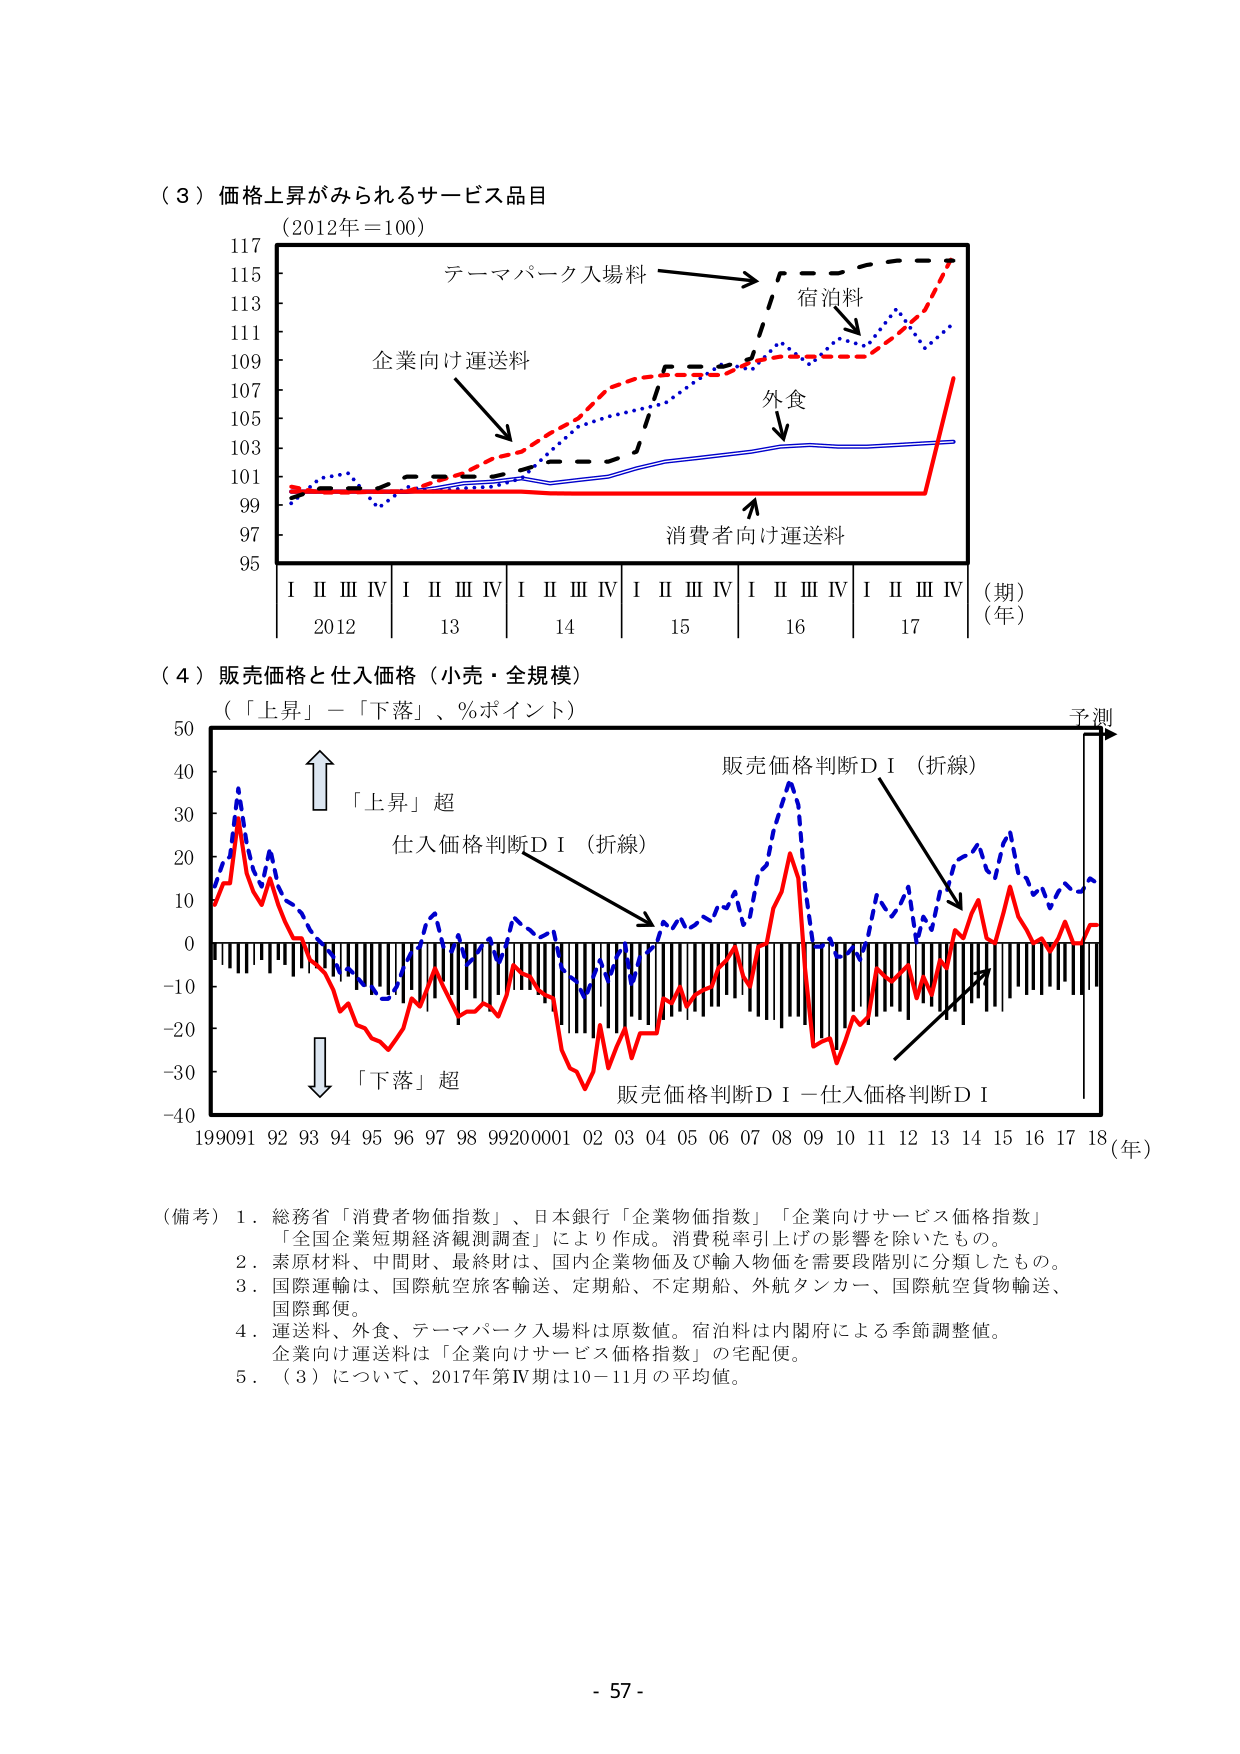
（３）価格上昇がみられるサービス品目
（2012年＝100）

テーマパーク入場料
企業向け運送料
宿泊料
外食
消費者向け運送料

I II III IV I II III IV I II III IV I II III IV I II III IV （期）
2012 13 14 15 16 17 （年）

（４）販売価格と仕入価格（小売・全規模）
（「上昇」－「下落」、％ポイント）

「上昇」超
仕入価格判断ＤＩ（折線）
販売価格判断ＤＩ（折線）
「下落」超
販売価格判断ＤＩ－仕入価格判断ＤＩ
予測

1990 91 92 93 94 95 96 97 98 99 2000 01 02 03 04 05 06 07 08 09 10 11 12 13 14 15 16 17 18 （年）

（備考）１．総務省「消費者物価指数」、日本銀行「企業物価指数」「企業向けサービス価格指数」
「全国企業短期経済観測調査」により作成。消費税率引上げの影響を除いたもの。
２．素原材料、中間財、最終財は、国内企業物価及び輸入物価を需要段階別に分類したもの。
３．国際運輸は、国際航空旅客輸送、定期船、不定期船、外航タンカー、国際航空貨物輸送、
国際郵便。
４．運送料、外食、テーマパーク入場料は原数値。宿泊料は内閣府による季節調整値。
企業向け運送料は「企業向けサービス価格指数」の宅配便。
５．（３）について、2017年第Ⅳ期は10－11月の平均値。

- 57 -